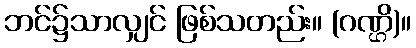
ဘင်၌သာလျှင် ဖြစ်သတည်း။ (ဂဏ္ဌိ)။